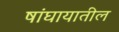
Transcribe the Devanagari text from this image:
षांघायातील